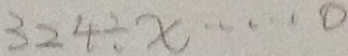
3 2 4 \div x \cdots 0